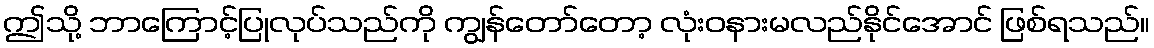
ဤသို့ ဘာကြောင့်ပြုလုပ်သည်ကို ကျွန်တော်တော့ လုံးဝနားမလည်နိုင်အောင် ဖြစ်ရသည်။